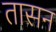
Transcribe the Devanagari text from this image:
तासन